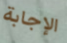
الإجابة